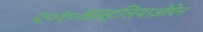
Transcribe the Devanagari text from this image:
२०१०आस्ट्रलियाओपेन